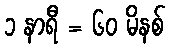
၁ နာရီ = ၆၀ မိနစ်